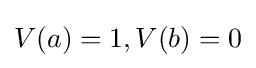
V(a)=1,V(b)=0